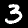
Digit: 3